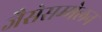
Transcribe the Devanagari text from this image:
जैसेसम्मेलन